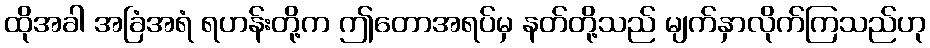
ထိုအခါ အခြံအရံ ရဟန်းတို့က ဤတောအရပ်မှ နတ်တို့သည် မျက်နှာလိုက်ကြသည်ဟု